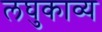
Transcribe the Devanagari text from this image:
लघुकाव्य